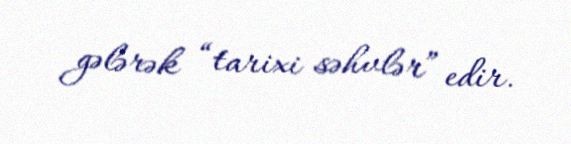
gələrək “tarixi səhvlər” edir.